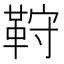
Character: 𩊦